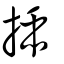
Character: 插